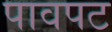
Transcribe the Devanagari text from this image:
पावपट